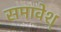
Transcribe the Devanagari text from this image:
समावेश्